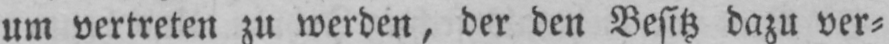
um vertreten zu werden, der den Besitz dazu ver⸗